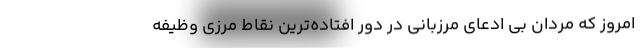
امروز که مردان بی ادعای مرزبانی در دور افتاده‌ترین نقاط مرزی وظیفه